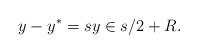
LaTeX: \begin{align*}y-y^*=sy\in s/2+R.\end{align*}